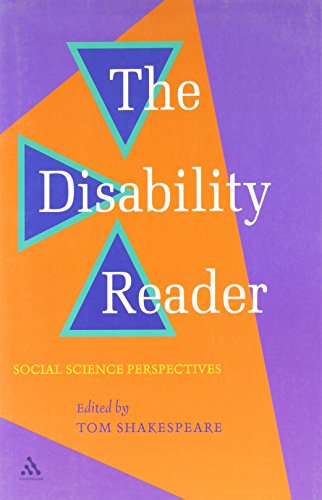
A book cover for Disability Reader: Social Science Perspectives; Law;